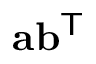
\mathbf { a } \mathbf { b } ^ { \mathsf { T } }